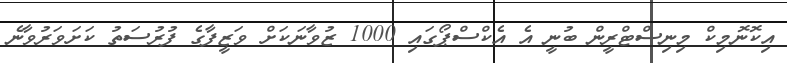
އިކޮނޮމިކް މިނިސްޓްރީން ބުނީ އެ އެކްސްޕޯގައި 1000 ޒުވާނަކަށް ވަޒީފާގެ ފުރުސަތު ކަށަވަރުވާނެ